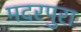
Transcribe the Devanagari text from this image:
मदरपुरा